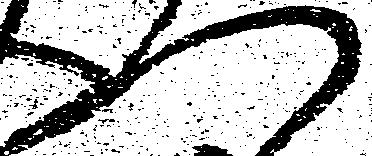
つ